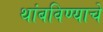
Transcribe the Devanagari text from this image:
थांबविण्याचे